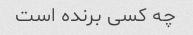
چه کسی برنده است